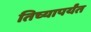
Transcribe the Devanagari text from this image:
तिच्यापर्यंत